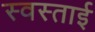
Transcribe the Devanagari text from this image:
स्वस्ताई